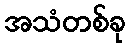
အသံတစ်ခု